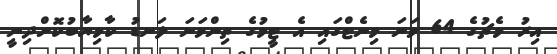
އިރު މެޗުގެ 64 ވަނަ މިނެޓްގައި އެ ޓީމުގެ ތިންވަނަ ލަނޑު ކާމިޔާބުކޮށްދިނީ